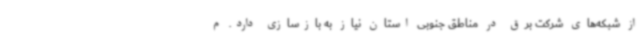
از شبکه‌های شرکت برق در مناطق جنوبی استان نیاز به بازسازی دارد. م